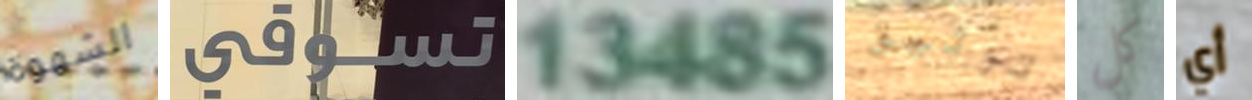
الشهوة تسوقي 13485 توثيق كل أي